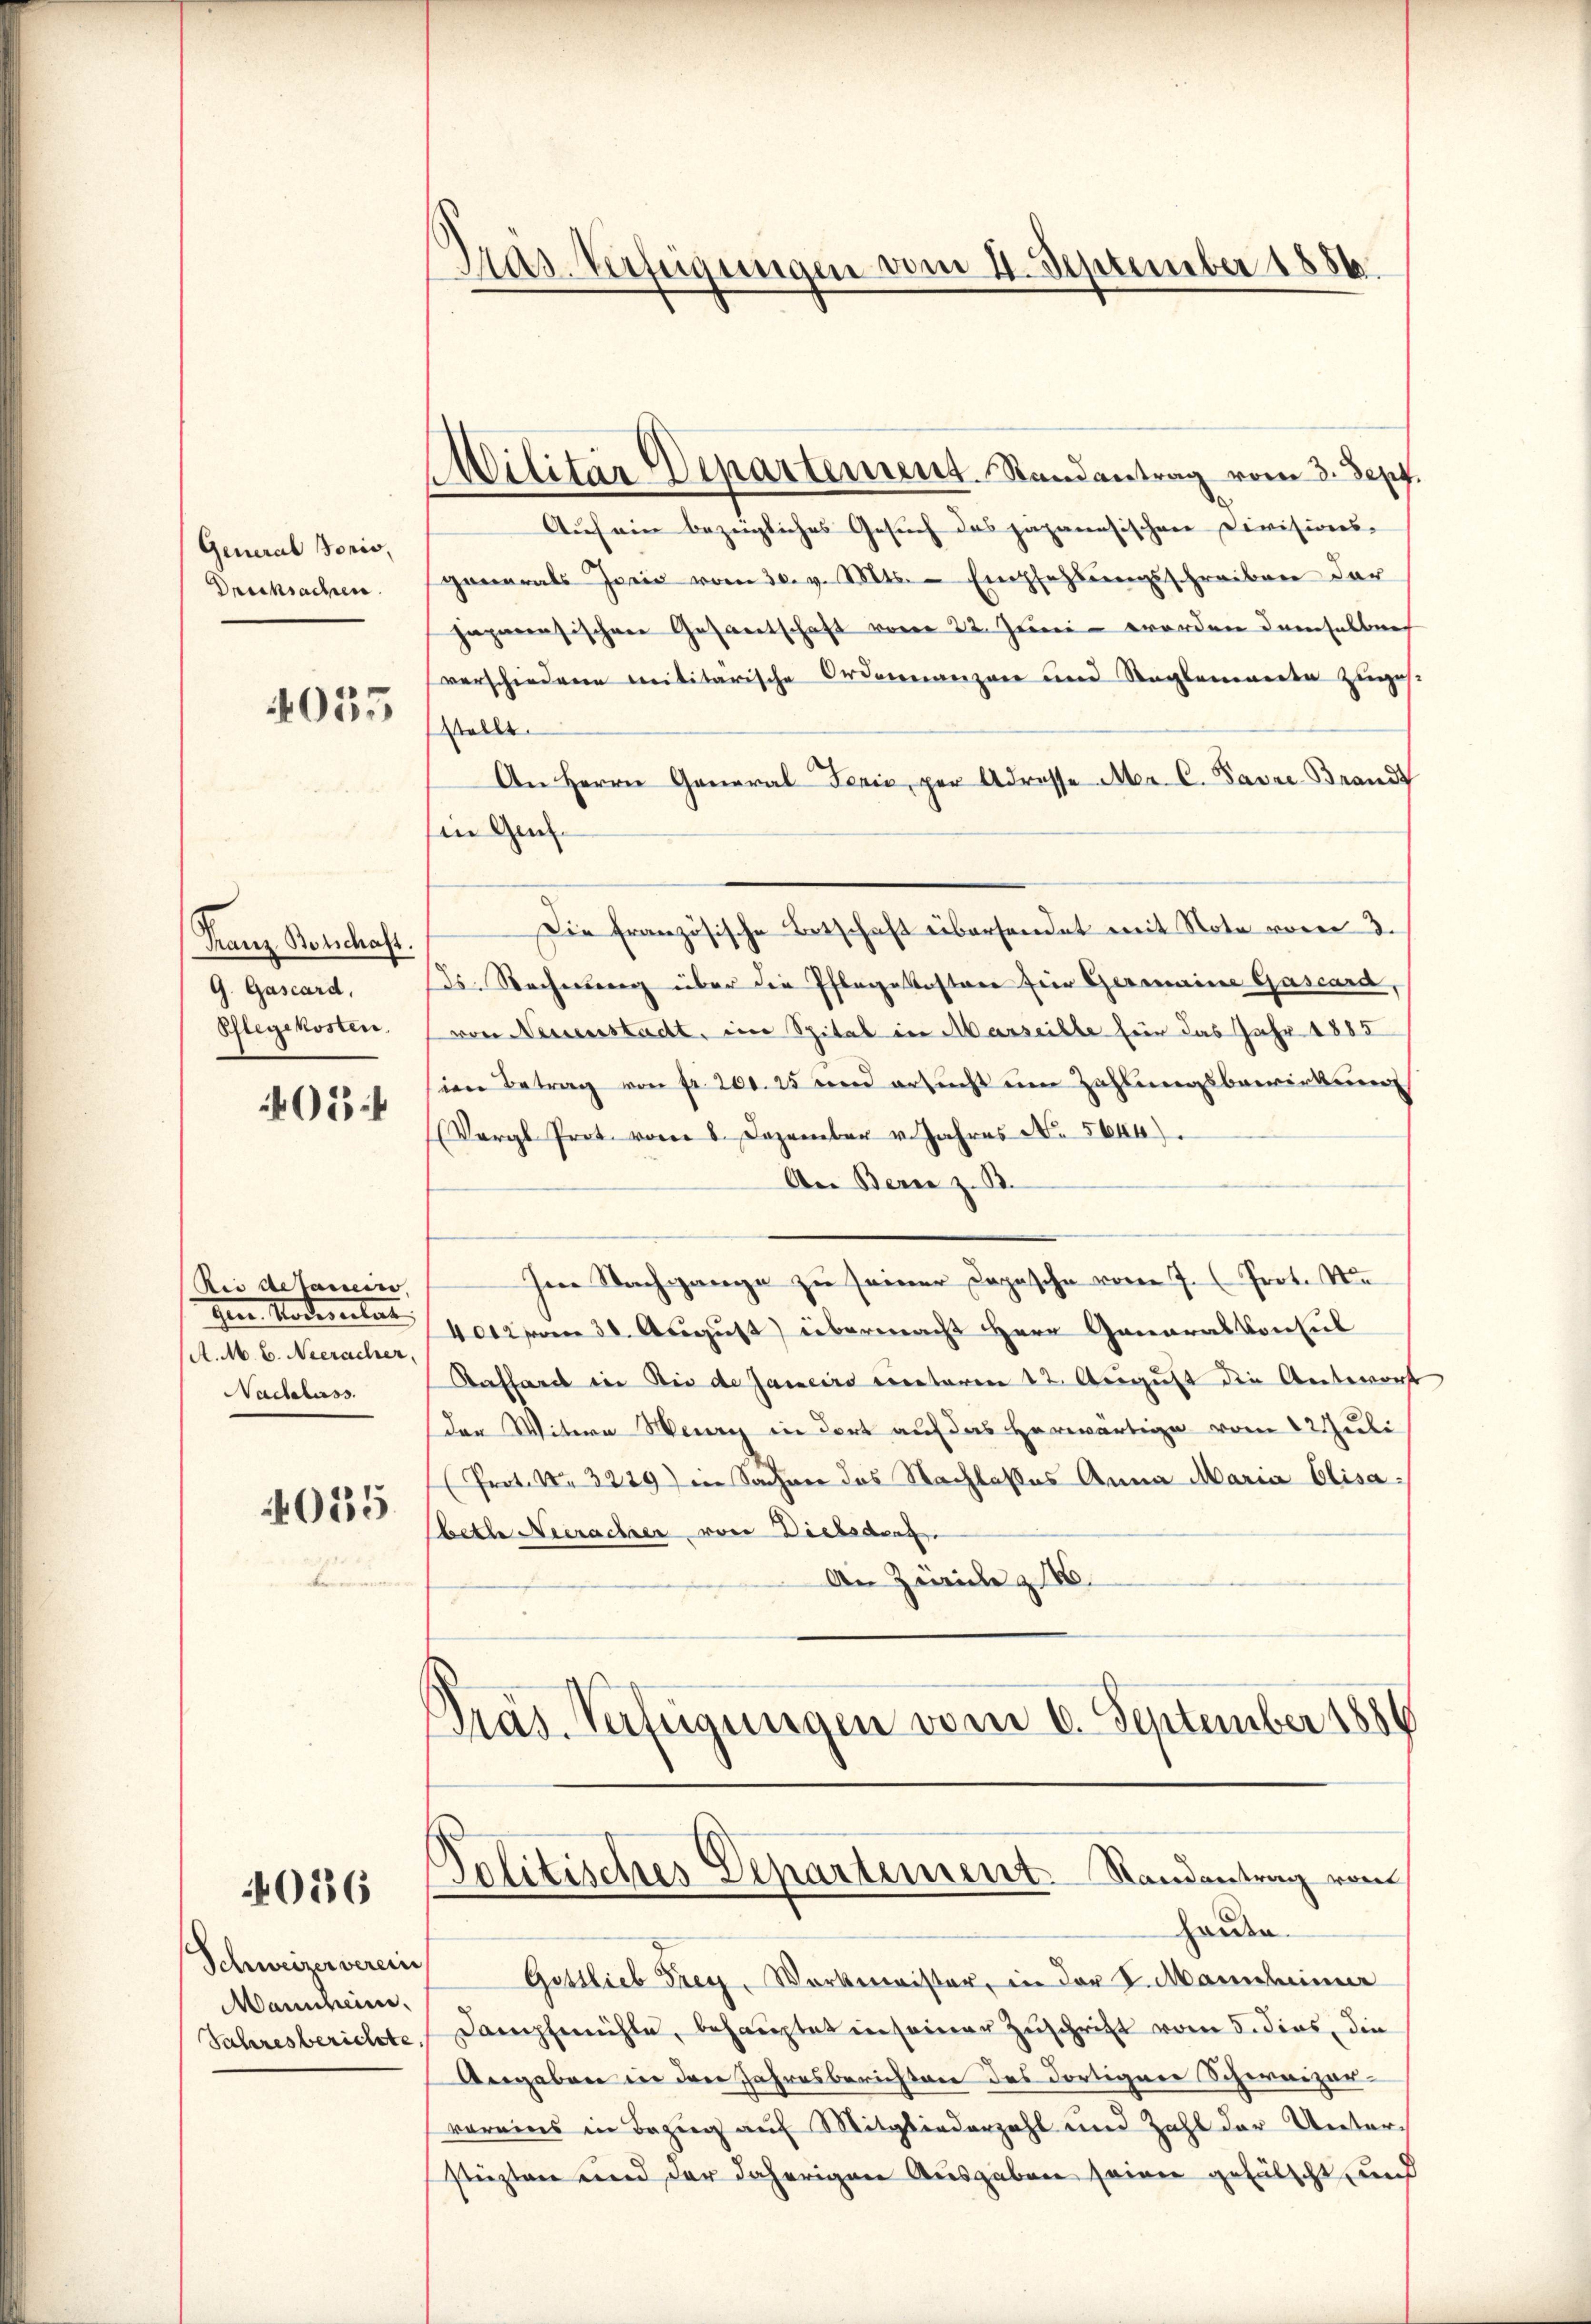
General Sorio,
Drucksachen
4035

Franz Botschaft.
G. Gascard,
Pflegekosten.

05:

Bei detanein
Ien Todesertat
A. M. B. Neeracher,
Nadelass
055

4056

Schweizerverein
Mannheim.
Jahresberichte,

Gras Verfügungen vom 4. September 1886

Politisches Departement. Randantrag vom
Hause.

Militär Departement. Randantrag vom 3. Sept.
Auf ein bezügliches Gesuch das japanesischen Divisions-
gonerals Junii vom 30. v. Mts. - Empfehlungsschreiben dar
japanesischen Gesandtschaft vom 22. Juni - worden demselben
verschiedenen Militarische Ordonnanzen und Reglemenden zuges.
Stellt.
An Herrn General Ferie, per Adresse Mer. C. Favre Brand
in Ge¬
Die französische Betschaft übersendet mit Note vom 3.
ds. Recherberg über die Pflegekostere für Germaine Gascard,
von Neuenstadt, eine Spital in Marseille für das Jahr 1885
sien Betrag von fr. 200. 25 und ersucht um Zahlungsbewirkung
(Vergl. Prot. vom 8. Dezember v. Jahres No. 5644).
An Berne z. B.
Im Nachgange zu seiner Dopasche vom 7. (Prot. Na
etpom 30. August) übermacht Herr Generalkonsul
Kaffend in die de Janeiro vietaren 12. August die Antwort
der Witwe Weg in dort auf das herwärtige vom 12. Juli
(Prot. Nr. 3229) in Sacher des Nachlasses Anna Maria Elisabette Neerachter von Dielsdenz
An Zürich z. B.
Präs. Verfügungen vom 6. September 1886

Gottlieb Frey. Werkmeister, in der S. Maindleiner
Dampfmühle, behauptet in seiner Zuschrift vom 5. dies, die
Angaben in den Jahresberichten des dortigen Schweizervoreins in Bezug auf Mitgliederzahl und Zahl der Unterstüzten und der daherigen Ausgaben seiner gefälscht und